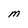
Character: M